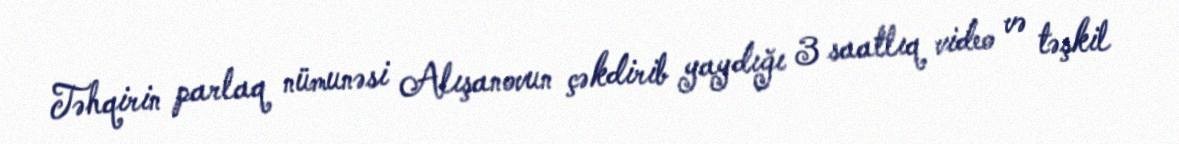
Təhqirin parlaq nümunəsi Alışanovun çəkdirib yaydığı 3 saatlıq video və təşkil